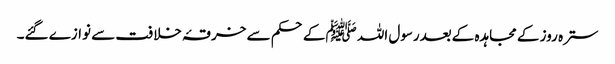
سترہ روز کے مجاہدہ کےبعدرسول اللہ ﷺکےحکم سے خرقۂ خلافت سے نوازے گئے۔